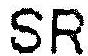
SR